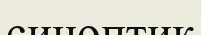
синоптик